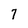
Character: 7